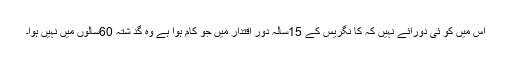
اس میں کو ئی دورائے نہیں کہ کا نگریس کے 15سالہ دور اقتدار میں جو کام ہوا ہے وہ گد شتہ 60سالوں میں نہیں ہوا۔